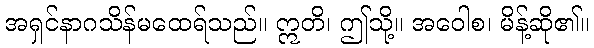
အရှင်နာဂသိန်မထေရ်သည်။ ဣတိ၊ ဤသို့။ အဝေါစ၊ မိန့်ဆို၏။